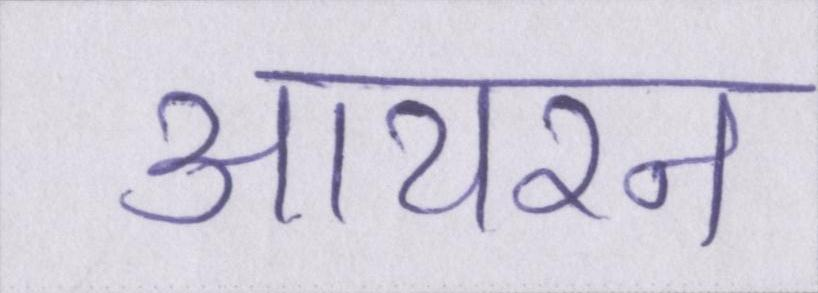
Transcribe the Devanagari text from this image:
आयरन